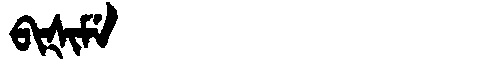
Manchu: ᠪᡳᡧᡳᠮᡝ
Romanization: BIŠIME